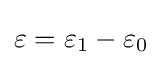
\varepsilon =\varepsilon _{1}-\varepsilon _{0}